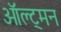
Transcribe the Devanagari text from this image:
ऑल्ट्मन